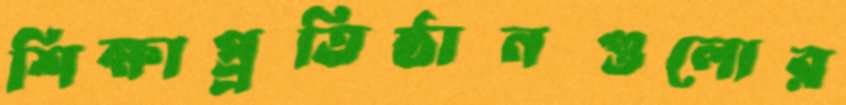
শিক্ষাপ্র্রতিষ্ঠানগুলোর